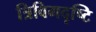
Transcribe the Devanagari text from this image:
त्रिविमदृष्टि